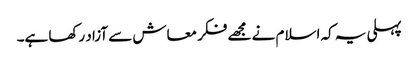
پہلی یہ کہ اسلام نے مجھے فکر معاش سے آزاد رکھا ہے۔